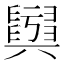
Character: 𦦫